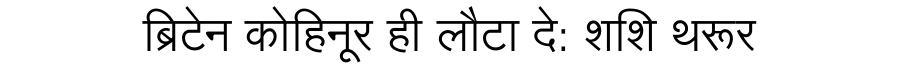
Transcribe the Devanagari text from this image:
ब्रिटेन कोहिनूर ही लौटा दे: शशि थरूर